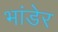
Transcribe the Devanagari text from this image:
भांडेर